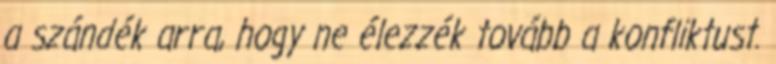
a szándék arra, hogy ne élezzék tovább a konfliktust.